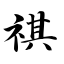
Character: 祺